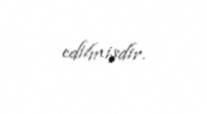
edilmişdir.